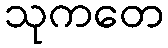
သုကတေ